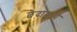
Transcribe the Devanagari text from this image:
छेदामध्ये